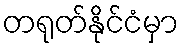
တရုတ်နိုင်ငံမှာ